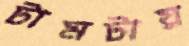
টামটায়